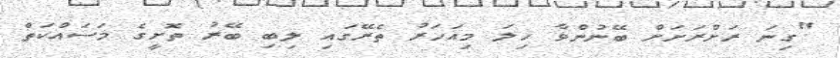
"ގިނަ ރަށްރަށަށް ބޭނުންވާ ހިލަ މިއަހަރު ތެރޭގައި ލިބި ބޭރު ތޮށީގެ މަސައްކަތް